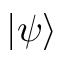
| \psi \rangle